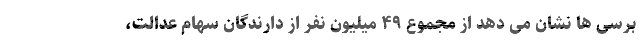
برسی ها نشان می دهد از مجموع ۴۹ میلیون نفر از دارندگان سهام عدالت،